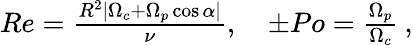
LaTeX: \begin{array}{r}{Re=\frac{R^{2}\left|\Omega_{c}+\Omega_{p}\cos\alpha\right|}{\nu},\quad\pm Po=\frac{\Omega_{p}}{\Omega_{c}}\: ,}\end{array}